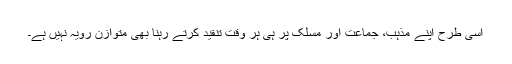
اسی طرح اپنے مذہب، جماعت اور مسلک پر ہی ہر وقت تنقید کرتے رہنا بھی متوازن رویہ نہیں ہے۔